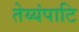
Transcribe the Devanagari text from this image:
तेय्यंपाटि